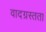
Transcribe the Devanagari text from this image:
वादग्रस्तता